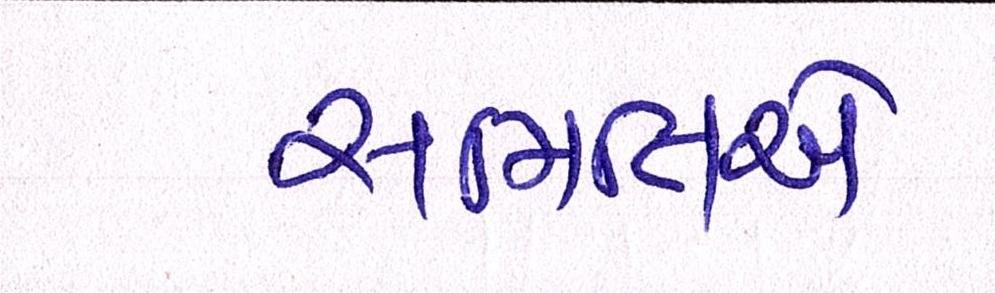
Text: સમિતિએ